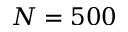
N = 5 0 0